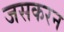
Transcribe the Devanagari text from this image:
जसकरन